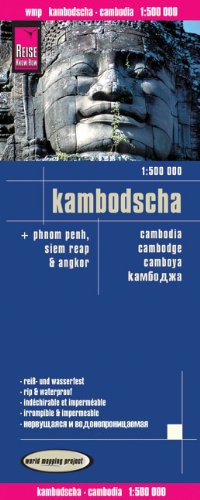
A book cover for Cambodia; Reise Know-How Verlag; Travel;